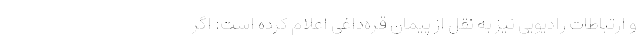
و ارتباطات رادیویی نیز به نقل از پیمان قره‌داغی اعلام کرده است: اگر